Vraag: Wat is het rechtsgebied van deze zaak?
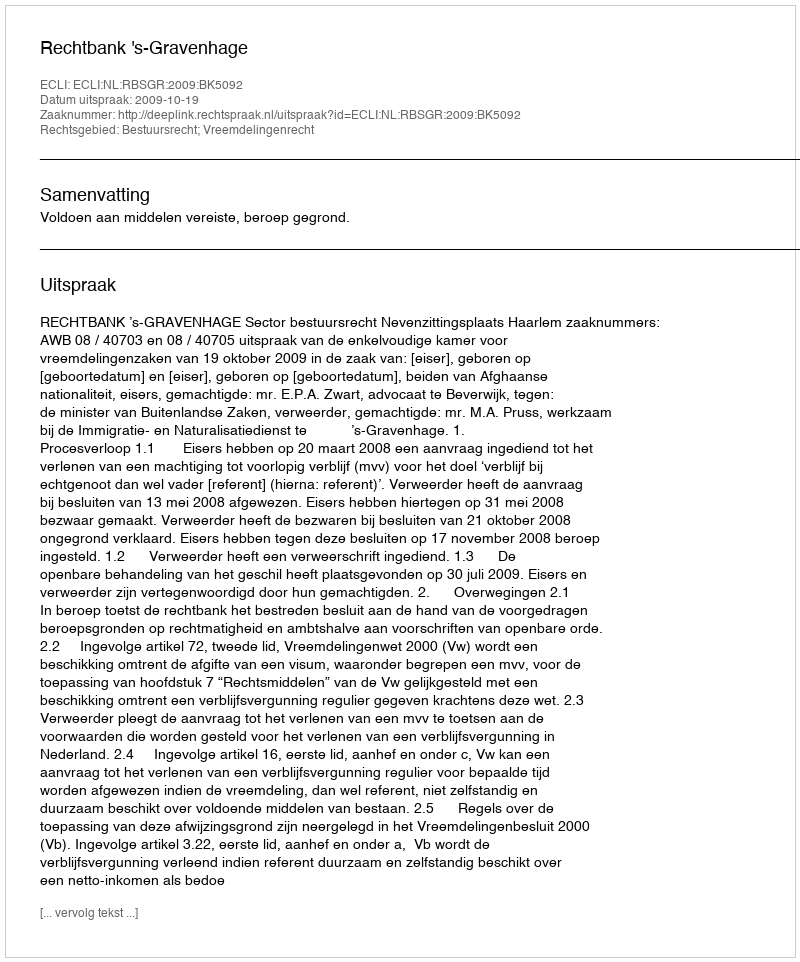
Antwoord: Bestuursrecht; Vreemdelingenrecht